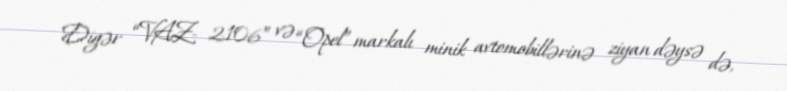
Digər “VAZ- 2106” və “Opel” markalı minik avtomobillərinə ziyan dəysə də,